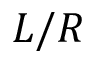
L / R